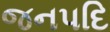
જનપદિ